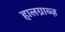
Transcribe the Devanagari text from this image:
हालग्राब्ज़